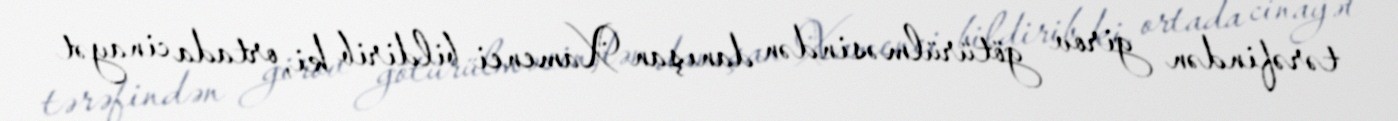
tərəfindən girov götürülməsindən danışan Xamenei bildirib ki, ortada cinayət